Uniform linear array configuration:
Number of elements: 24
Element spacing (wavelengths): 0.75
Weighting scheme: binomial
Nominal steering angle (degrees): -15
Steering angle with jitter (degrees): -14.461
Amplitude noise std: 0.05
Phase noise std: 0.05

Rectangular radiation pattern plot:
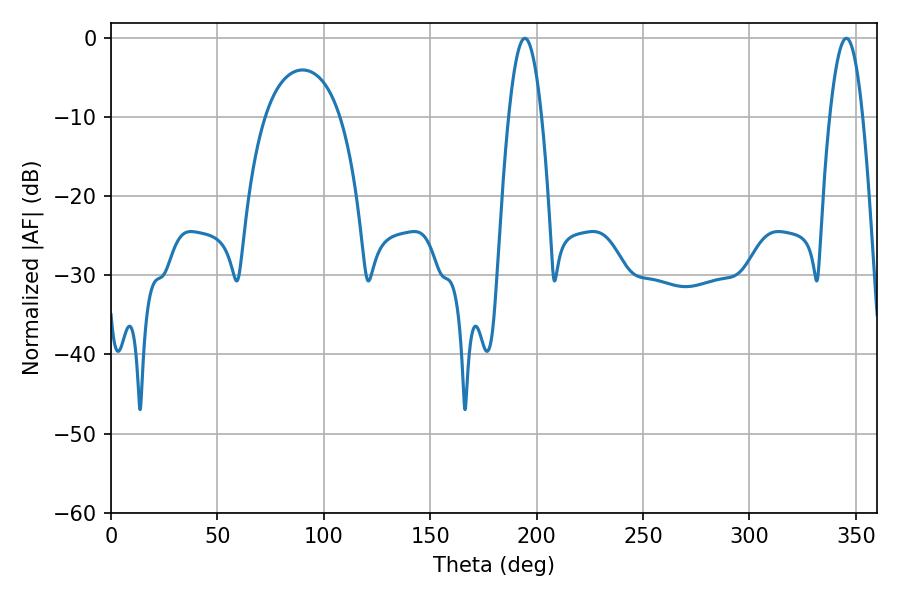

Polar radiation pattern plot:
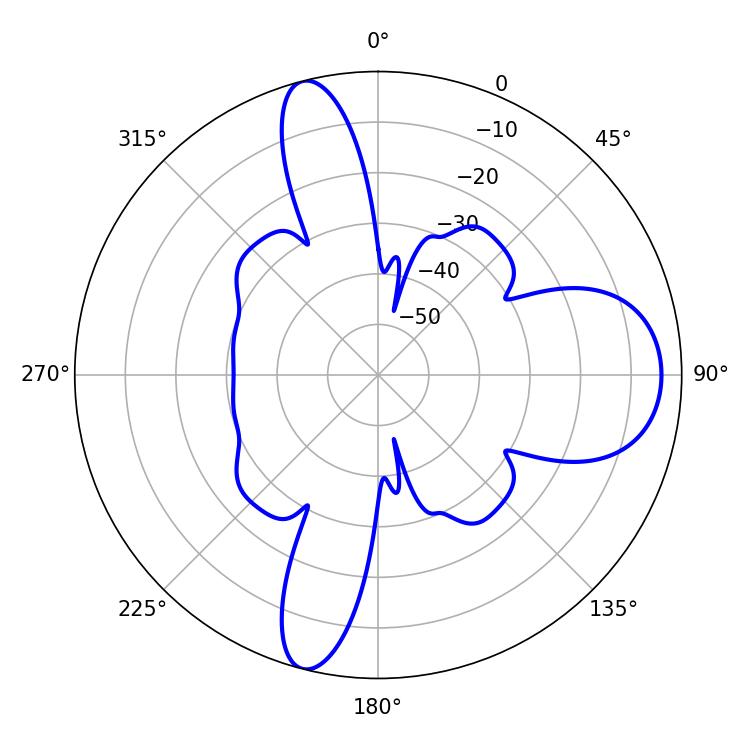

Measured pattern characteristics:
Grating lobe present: TRUE
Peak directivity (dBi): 12.917
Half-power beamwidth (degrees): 8.46
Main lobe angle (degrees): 194.4